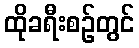
ထိုခရီးစဉ်တွင်